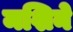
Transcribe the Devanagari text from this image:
मशिने